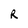
Character: R